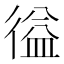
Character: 𭛽